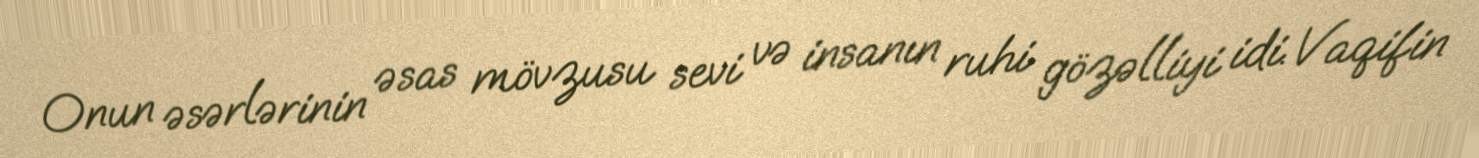
Onun əsərlərinin əsas mövzusu sevi və insanın ruhi gözəlliyi idi. Vaqifin